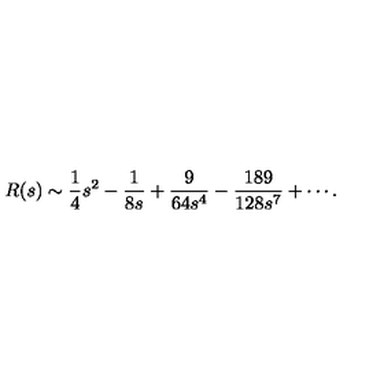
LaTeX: R ( s ) \sim { \frac { 1 } { 4 } } s ^ { 2 } - { \frac { 1 } { 8 s } } + { \frac { 9 } { 6 4 s ^ { 4 } } } - { \frac { 1 8 9 } { 1 2 8 s ^ { 7 } } } + \cdots .